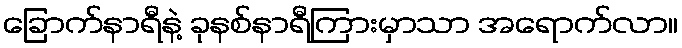
ခြောက်နာရီနဲ့ ခုနစ်နာရီကြားမှာသာ အရောက်လာ။